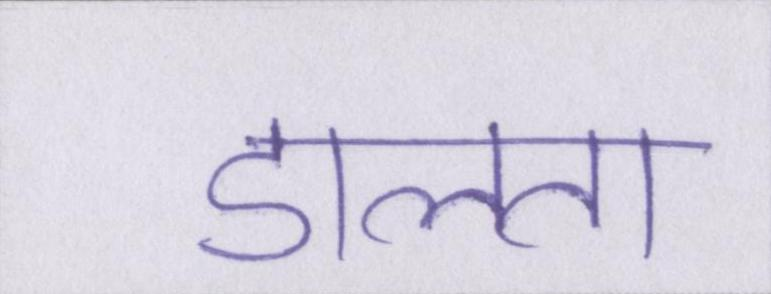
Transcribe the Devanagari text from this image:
डालता